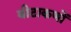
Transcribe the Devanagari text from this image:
बीटाकणों